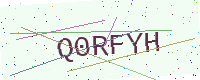
Text: Q0RFYH